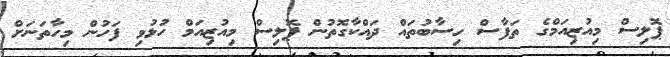
ޕޮލިސް މިއުޒިއަމްގެ ތަފާސް ހިސާބުތައް ދައްކާގޮތުން ޕޮލިސް މިއުޒިއަމް ހުޅުވި ފަހުން މިހާތަނަށް